Lunatic asylums Central Provinces reports 1874-1885 - 1874-1885
Year: 1874
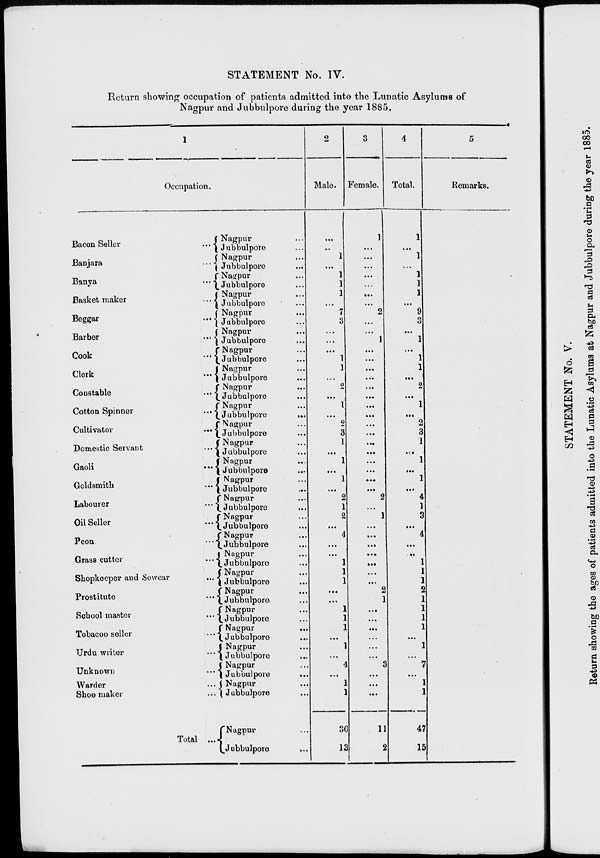
STATEMENT No. IV.
Return showing occupation of patients admitted into the Lunatic Asylums of
Nagpur and Jubbulpore during the year 1885.
1
Occupation.
Bacon Seller
...
Banjara
...
Banya
...
Basket maker
...
Beggar
...
Barber
...
Cook
...
Clerk
...
Constable
...
Cotton Spinner
...
Cultivator ...
Domestic Servant
...
Gaoli
...
Goldsmith
...
Labourer
...
Oil Seller
...
Peon
...
Grass cutter
...
Shopkeeper and Sowear
...
Prostitute
...
School master
...
Tobacoo seller
...
Urdu writer
...
Unknown
...
Warder
...
Shoe maker
...
Total
...
Nagpur ...
Jubbulpore ...
Nagpur ...
Jubbulpore
...
Nagpur ...
Jubbulpore ...
Nagpur ...
Jubbulpore ...
Nagpur ...
Jubbulpore ...
Nagpur ...
Jubbulpore ...
Nagpur ...
Jubbulpore ...
Nagpur ...
Jubbulpore ...
Nagpur ...
Jubbulpore ...
Nagpur ...
Jubbulpore
...
Nagpur ...
Jubbulpore ...
Nagpur ...
Jubbulpore ...
Nagpur ...
Jubbulpore ...
Nagpur ...
Jubbulpore ...
Nagpur ...
Jubbulpore ...
Nagpur ...
Jubbulpore ...
Nagpur ...
Jubbulpore ...
Nagpur ...
Jubbulpore ...
Nagpur ...
Jubbulpore ...
Nagpur ...
Jubbulpore ...
Nagpur ...
Jubbulpore ...
Nagpur ...
Jubbulpore
...
Nagpur ...
Jubbulpore ...
Nagpur ...
Jubbulpore ...
Nagpur ...
Jubbulpore ...
Nagpur ...
Jubbulpore ...
2
Male.
...
...
1
...
1
1
1
...
7
3
...
...
...
1
1
...
2
...
1
...
2
3
1
...
1
...
1
...
2
1
2
...
4
...
...
1
1
1
...
...
1
1
1
...
1
...
4
...
1
1
36
13
3
Female.
1
...
...
...
...
...
...
...
2
...
...
1
...
...
...
...
...
...
...
...
...
...
...
...
...
...
...
...
2
...
1
...
...
...
...
...
...
...
2
1
...
...
...
...
...
...
3
...
...
...
11
2
4
Total.
1
...
1
...
1
1
1
...
9
3
...
1
...
1
1
...
2
...
1
...
2
3
1
...
1
...
1
...
4
1
3
...
4
...
...
1
1
1
2
1
1
1
1
...
1
...
7
...
1
1
47
15
5
Remarks.